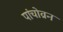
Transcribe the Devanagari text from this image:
पांचोव्रन